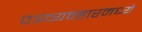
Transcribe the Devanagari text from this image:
पत्रव्यवहारमध्ये